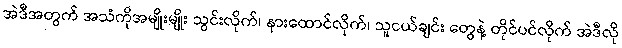
အဲဒီအတွက် အသံကိုအမျိုးမျိုး သွင်းလိုက်၊ နားထောင်လိုက်၊ သူငယ်ချင်း တွေနဲ့ တိုင်ပင်လိုက် အဲဒီလို